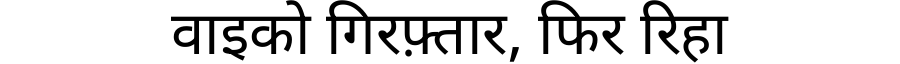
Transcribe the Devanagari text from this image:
वाइको गिरफ़्तार, फिर रिहा